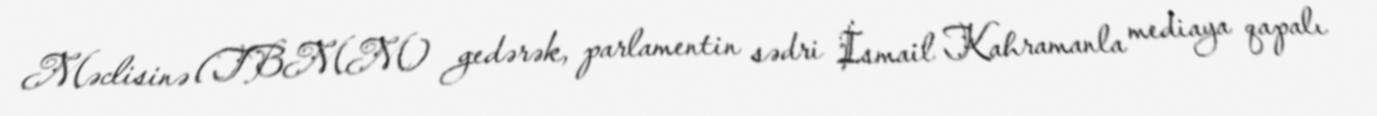
Məclisinə (TBMM) gedərək, parlamentin sədri İsmail Kahramanla mediaya qapalı